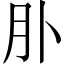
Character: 𦘱